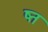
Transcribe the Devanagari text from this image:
ष्त